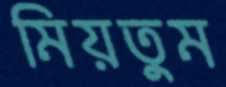
মিয়তুম